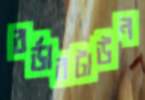
বর্ডারটাউন